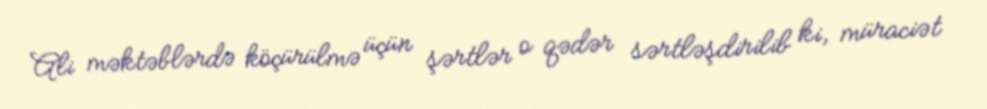
Ali məktəblərdə köçürülmə üçün şərtlər o qədər sərtləşdirilib ki, müraciət